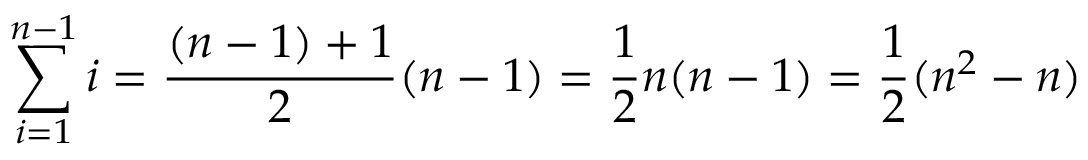
\sum _ { i = 1 } ^ { n - 1 } i = { \frac { ( n - 1 ) + 1 } { 2 } } ( n - 1 ) = { \frac { 1 } { 2 } } n ( n - 1 ) = { \frac { 1 } { 2 } } ( n ^ { 2 } - n )